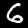
Digit: 6